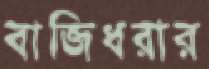
বাজিধরার